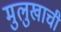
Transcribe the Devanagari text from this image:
मुलुखाची